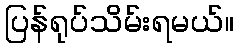
ပြန်ရုပ်သိမ်းရမယ်။